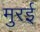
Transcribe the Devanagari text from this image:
मुरई